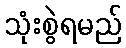
သုံးစွဲရမည်